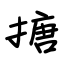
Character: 搪